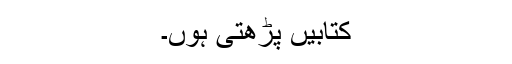
کتابیں پڑھتی ہوں۔